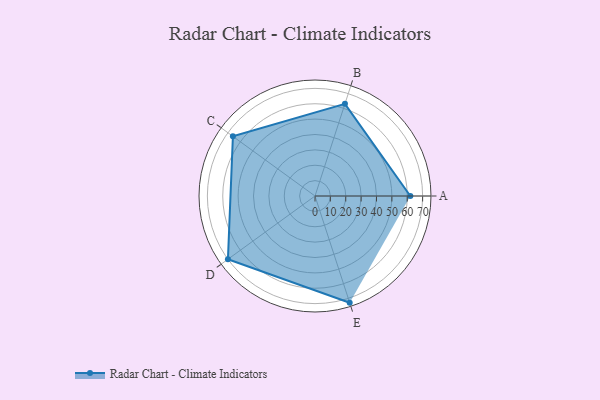
{"axis": {"x": "Skill", "y": "Score"}, "legend": ["Profile"], "data": [{"x": "A", "y": 62.0, "type": "Profile"}, {"x": "B", "y": 63.0, "type": "Profile"}, {"x": "C", "y": 66.0, "type": "Profile"}, {"x": "D", "y": 70.0, "type": "Profile"}, {"x": "E", "y": 73.0, "type": "Profile"}]}